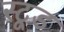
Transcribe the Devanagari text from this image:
स्टूड